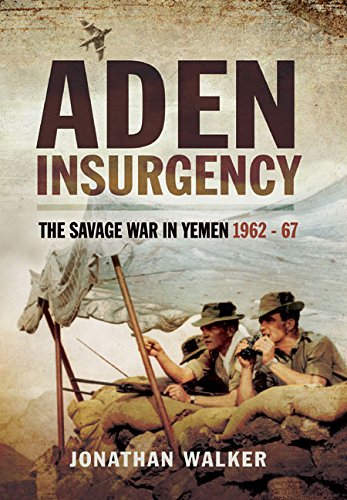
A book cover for Aden Insurgency: The Savage War in Yemen 1962-67; Jonathan Walker; History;